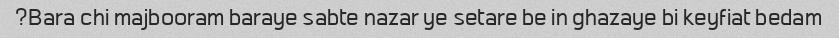
Bara chi majbooram baraye sabte nazar ye setare be in ghazaye bi keyfiat bedam?